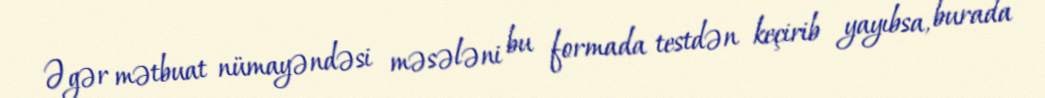
Əgər mətbuat nümayəndəsi məsələni bu formada testdən keçirib yayıbsa, burada